Newspaper: Lyon County times. [volume]
Place of publication: Silver City, Nev.
Publisher: Frank Kenyon
Date: 1880-08-04 00:00:00
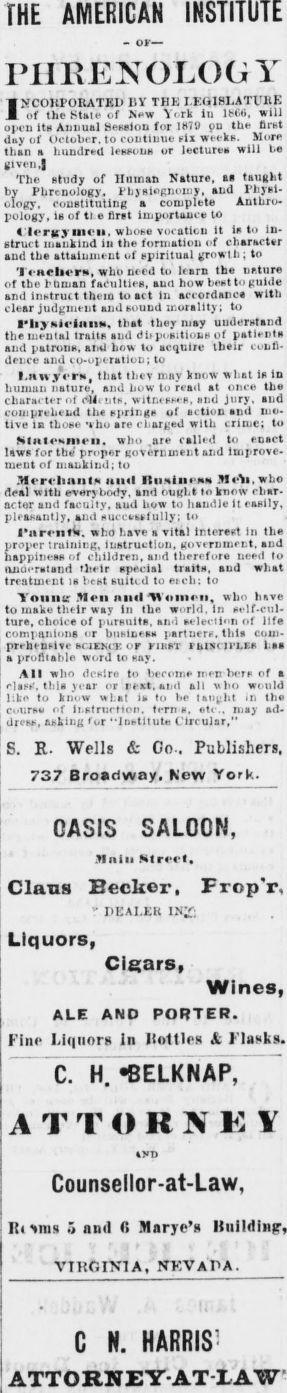
Advertisement text (OCR):
fHE AMERICAN INSTITUTE - or— PHRENOLOGY INCORPORATED DY THE LEGISLATURE of the State of New York iu lMUi, will open its Annual Session for 1879 on the first day of October, to continue six weeks. More than a hundred lessons or lectures will l-e given,| The study of Human Nature, as taught by Phrenology, Physiognomy, and Physi ology, constituting a complete Anthro pology, is of tt e first importance to Clergy moil, whose vocation it into in struct mankind in the formation of character aud the attainment of spiritual growth; to ToHCber**, who need to learn the nature of the human faculties, aud how best to guide and instruct them to act in accordance with clear judgment and sound morality; to PliyMioimiN. that they may understand the mental traits and dbpositions of patients and patrons, and how to acquire their confi dence and co-operation; to l.nwyers, that they may know wl.at is in human nature, and how to read at once the character ot cJLnts, witnesses, and jury, and comprehend the springs ot action and mo tive in those who are charged with crime; to Mu!4‘*»m«-u. who are called to enact laws for the proper government and improve rnent of mankind; to .Mereliaiibi ami RualneNN JI«Y»,wLo deal with everybody, and ought fo know char acter and faculty, aud how to handle it easily, pleasantly, and successfully; to I'nrontV who have a vital interest in the proper training, instruction, government, and happiness of children, and therefore need to lUiocratand their special traits, aud what treatment is best suited to etch; to Yniini; Hon and Monini, win have to make their way in the world, In self-cul ture, choice of pursuits, and selection of life companions or business partners, this com prehensive SCIKKCK or FIRST F&IBCU’LES has a profitable word to say. All who desire to become men tiers of a clast', this year <>r text, and all who would like to know wl.at is to he taught ir> the course of instruction, tern s. «*t( . may ad dress, asking tor ‘•Institute Circular,” S. R. Wells & Co . Publishers, 737 Broadway, New York. OASIS SALOON, .tinIii Street. Clans Becker, Frop'r, ” DEALER INV; Liquors, Cigars, Wines, ALE AND PORTER. Fine Liquors In Itoltles & Flasks. ~C7 H. •BELKNAP, A TT ORNEI Counsellor-at-Law, I!i sms a nntl fi Mnrye’n Riiildiiiir, VIRGINIA, NKVAPA. C N. HARRIS' ATTORNEYATIAW
Label: text-only